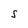
Character: S